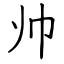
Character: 帅